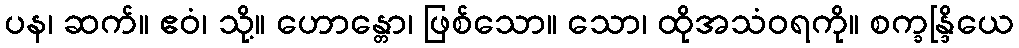
ပန၊ ဆက်။ ဧဝံ၊ သို့။ ဟောန္တော၊ ဖြစ်သော။ သော၊ ထိုအသံဝရကို။ စက္ခန္ဒြိယေ